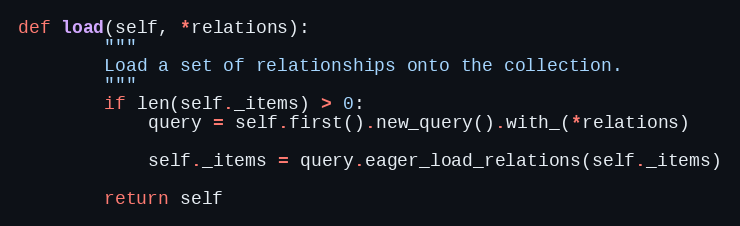
Language: Python
def load(self, *relations):
        """
        Load a set of relationships onto the collection.
        """
        if len(self._items) > 0:
            query = self.first().new_query().with_(*relations)

            self._items = query.eager_load_relations(self._items)

        return self